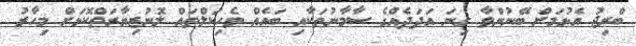
ބްރިޖު އެޅުމަށް ބޭނުންވާ ގިނަ އަދަދެއްގެ ސާމާނުތަކާއި ބައެއް ވެހިކަލްތައް ލޮނުޒިޔާރަތްކޮޅަށް މިހާރު